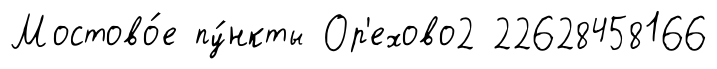
Мостово́е пу́нкты Ор'ехово2 22628458166